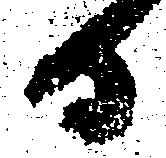
日